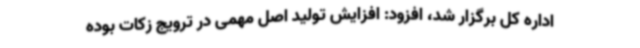
اداره کل برگزار شد، افزود: افزایش تولید اصل مهمی در ترویج زکات بوده